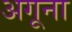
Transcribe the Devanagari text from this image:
अगूना